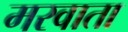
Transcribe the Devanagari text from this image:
मरवाता